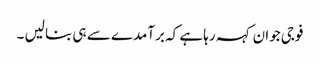
فوجی جوان کہہ رہا ہے کہ برآمدے سے ہی بنا لیں ۔